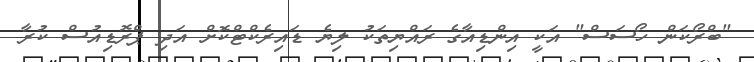
"ބްރޯކަން ހޯސަސް" އަކީ އިންޑިއާގެ ރައްޔިތަކު ލިޔެ ޑައިރެކްޓްކޮށް އަދި ޕްރޮޑިއުސް ކުރާ